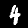
Digit: 4